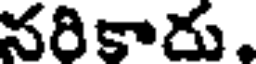
నరికారు.